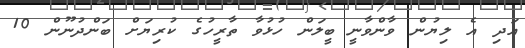
އަދި އެ ލިޔުން ވާންވާނީ ބީލަން ހުޅުވާ ތާރީހުގެ ކުރިޔަށް ބަންދުނޫން 10